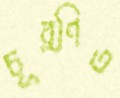
চূর্ণিত